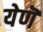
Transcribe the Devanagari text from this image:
येणॆ